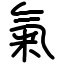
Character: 氣